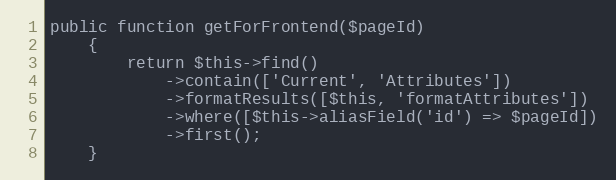
Language: PHP
public function getForFrontend($pageId)
    {
        return $this->find()
            ->contain(['Current', 'Attributes'])
            ->formatResults([$this, 'formatAttributes'])
            ->where([$this->aliasField('id') => $pageId])
            ->first();
    }